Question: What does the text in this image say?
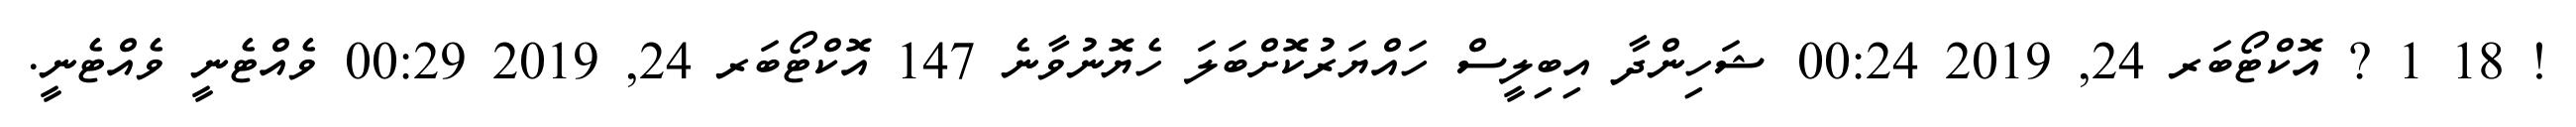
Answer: ! 18 1 ? އޮކްޓޯބަރ 24, 2019 00:24 ޝަހިންދާ އިބިލީސް ހައްޔަރުކޮށްބަލަ ހެޔޮނުވާނެ 147 އޮކްޓޯބަރ 24, 2019 00:29 ވެއްޓެނީ ވެއްޓެނީ.